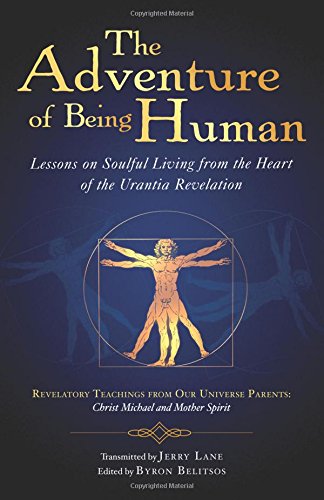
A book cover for The Adventure of Being Human: Lessons on Soulful Living from the Heart of the Urantia Revelation; Jerry Lane; Religion & Spirituality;